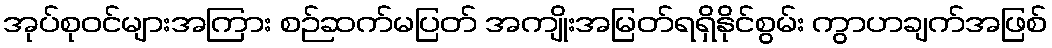
အုပ်စုဝင်များအကြား စဉ်ဆက်မပြတ် အကျိုးအမြတ်ရရှိနိုင်စွမ်း ကွာဟချက်အဖြစ်